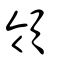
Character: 領